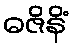
ဓဇိနိံ